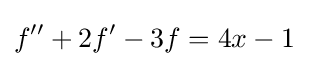
f''+2f'-3f=4x-1